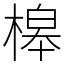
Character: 槔